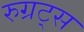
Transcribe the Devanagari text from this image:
रुग्रट्स